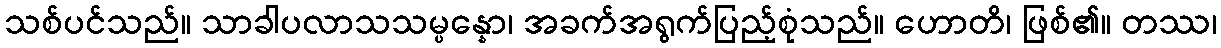
သစ်ပင်သည်။ သာခါပလာသသမ္ပန္နော၊ အခက်အရွက်ပြည့်စုံသည်။ ဟောတိ၊ ဖြစ်၏။ တဿ၊